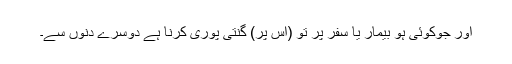
اور جوکوئی ہو بیمار یا سفر پر تو (اس پر) گنتی پوری کرنا ہے دوسرے دنوں سے۔